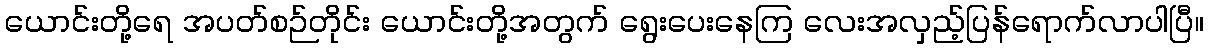
ယောင်းတို့ရေ အပတ်စဉ်တိုင်း ယောင်းတို့အတွက် ရွေးပေးနေကြ လေးအလှည့်ပြန်ရောက်လာပါပြီ။